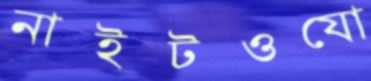
নাইটওযো